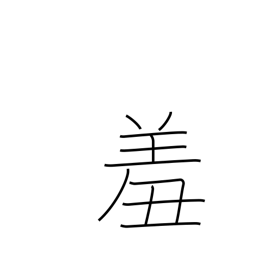
Meaning: feel ashamed